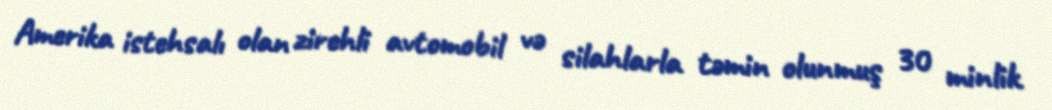
Amerika istehsalı olan zirehli avtomobil və silahlarla təmin olunmuş 30 minlik